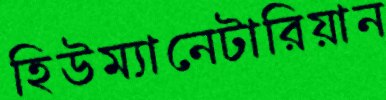
হিউম্যানেটারিয়ান